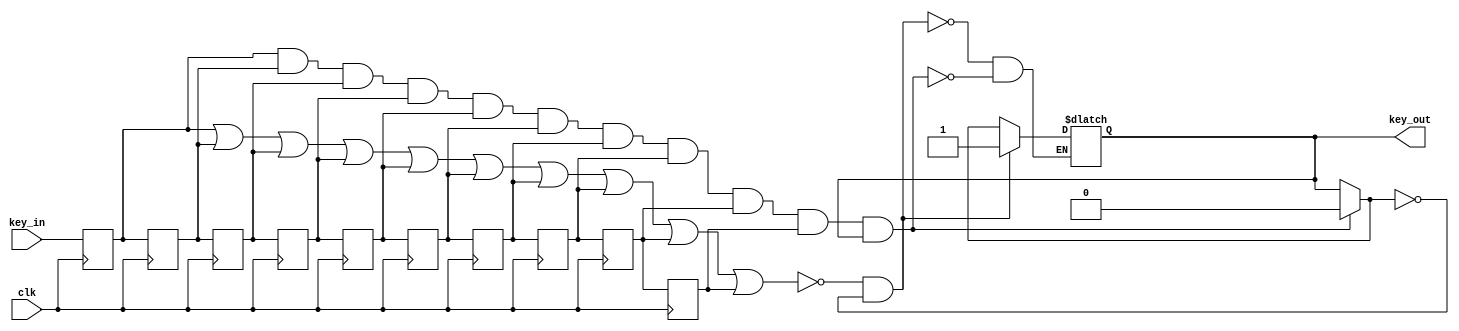
`timescale 1ns/10ps

`define state_0 8'h30
`define state_1 8'h31
`define state_2 8'h32
`define state_3 8'h33
`define state_4 8'h34
`define state_5 8'h35
`define state_6 8'h36
`define state_7 8'h37
`define state_8 8'h38
`define state_9 8'h39
//001000111110
//ASCII0
//100ms100ms-1s-1s
//-2s2s
//



//
module remove_joggle(key_in,clk,key_out);
input key_in,clk;
output reg key_out;
reg q0,q1,q2,q3,q4,q5,q6,q7,q8,q9;
initial begin q0<=1;q1<=1;q2<=1;q3<=1;q4<=1;q5<=1;q6<=1;q7<=1;q8<=1;q9<=1; key_out<=0;end
always @(posedge clk)
begin 
 q9 <= q8;
 q8 <= q7;
 q7 <= q6;
 q6 <= q5;
 q5 <= q4;
 q4 <= q3;
 q3 <= q2;
 q2 <= q1;
 q1 <= q0;
 q0 <= key_in;
end
always@(*)
begin
if(q0&q1&q2&q3&q4&q5&q6&q7&q8&q9&key_out) begin key_out = 0; end
if(~(q0|q1|q2|q3|q4|q5|q6|q7|q8|q9)&~key_out) begin key_out <= 1; end
end
endmodule

//50Mhz->1KHz
module clk_1ms(input clk,output reg clk2);
reg [31:0] cnt;
initial begin  cnt=0;clk2=0; end
always @(posedge clk)
begin
if(cnt=='d24999) begin clk2=~clk2;cnt=0; end
else cnt=cnt+1;
end
endmodule

//50MHz->100Hz
module clk_10ms(input clk,output reg clk2);
reg [31:0] cnt;
initial begin  cnt=0;clk2=0; end
always @(posedge clk)
begin
if(cnt=='d249999) begin clk2=~clk2;cnt=0; end
else cnt=cnt+1;
end
endmodule

//000010101111
module scan(input clk_1ms,input key,output reg[1:0] out);
reg[15:0]cnt1,cnt0;
initial begin out<=2'b01;cnt1<=0;cnt0<=0;end
always @(posedge clk_1ms)
begin
if(key) 
begin
    if(cnt0<2000&&cnt0!=0) begin out<=2'b00;cnt0<=0; end//00 short 0
    if(cnt0>=2000) begin out<=2'b01; cnt0<=0; end//01 long 0
    if(cnt1<=2000) begin cnt1=cnt1+1; end 
end
if(!key)
begin
    if(cnt1<1000&&cnt1!=0) begin out<=2'b10;cnt1<=0; end//10 short 1
    if(cnt1>=1000) begin out<=2'b11; cnt1<=0; end//11 long 1
    if(cnt0<=3000) begin cnt0=cnt0+1; end 
end
end
endmodule

//IN6->IN1IN101117
module dynamic_display(input[3:0] IN1,IN2,IN3,IN4,IN5,IN6,input  clk,output reg [7:0]  DISPLAYOUT,output reg [5:0]DIG);
reg [7:0] D[15:0];
reg [2:0]cnt;
initial begin
    D[0]='h3f;
    D[1]='h06; 
    D[2]='h5b;
    D[3]='h4f;
    D[4]='h66;   
    D[5]='h6d;    
    D[6]='h9b;  
    D[7]='h07;
    D[8]='h7f;  
    D[9]='h6f; 
    D[10]='h77;
    D[11]='h7c;
    D[12]='h39;
    D[13]='h5e;
    D[14]='h79;  
    D[15]='h71;
    DIG=6'b000000;
    cnt=3'b000;
    DISPLAYOUT<=0;
    end
    always @(posedge clk) begin 
    if(cnt<6)cnt=cnt+1;
    if(cnt==6)cnt=0; 
    end
    always@(posedge clk)
    begin
        case(cnt)
            3'b000:begin DISPLAYOUT<=D[IN1]; DIG<=6'b111110; end
            3'b001:begin DISPLAYOUT<=D[IN2]; DIG<=6'b111101; end
            3'b010:begin DISPLAYOUT<=D[IN3]; DIG<=6'b111011; end
            3'b011:begin DISPLAYOUT<=D[IN4]; DIG<=6'b110111; end
            3'b100:begin DISPLAYOUT<=D[IN5]; DIG<=6'b101111; end
            3'b101:begin DISPLAYOUT<=D[IN6]; DIG<=6'b011111; end
        endcase
    end
endmodule


//scanoutN
//0change10
module status(input clk,input [1:0]out,output reg [9:0]state,output reg change);
initial begin state<=0; change<=0; end
reg EN;
initial begin EN<=0; end
always@(posedge clk)
begin
    case(out)
    2'b00:begin EN<=1; end
    2'b01:begin change<=1;state=0;EN<=1; end
    2'b10:begin if(EN) begin EN<=0;state[9:0]<={state[7:0],2'b10}; change<=0;end end
    2'b11:begin if(EN) begin EN<=0;state[9:0]={state[7:0],2'b11};  change<=0;end end
    endcase
end
endmodule


//
module trans(input clk,input change,input[7:0]N,output reg [7:0]N12,N34,N56);
initial begin N12<=0; N34<=0;N56=0; end
reg EN;
initial begin EN=0; end
always @(posedge clk)
begin N12<=N; end
always @(posedge change)
begin
N56<=N34;N34<=N12;
end
endmodule

//ASCII
module decode(input clk,input [9:0] state,output reg [7:0]N);
initial begin N<=0; end
always@(posedge clk)
begin
    case(state)
    'b1111111111: begin N<=`state_0; end
    'b1011111111: begin N<=`state_1; end
    'b1010111111: begin N<=`state_2; end
    'b1010101111: begin N<=`state_3; end
    'b1010101011: begin N<=`state_4; end
    'b1010101010: begin N<=`state_5; end
    'b1110101010: begin N<=`state_6; end
    'b1111101010: begin N<=`state_7; end
    'b1111111010: begin N<=`state_8; end
    'b1111111110: begin N<=`state_9; end
//
//A.-b 00 00 00 10 11 asciih61
//  'b0000001011: begin N<='h61; end
    default: begin N<=0 ;end
    endcase
end
endmodule

//
module main (input clk,key,output[5:0] DIG,output[7:0]DISPLAYOUT,output test,output change,output [1:0] out,output [7:0]cnt);
wire clk2,clk3;
wire[9:0] state;
wire[7:0] N,N12,N34,N56;
wire key_out;
assign cnt=state[7:0];
clk_1ms div21ms(clk,clk2);
clk_10ms div210ms(clk,clk3);
remove_joggle remove(key,clk3,key_out);
assign test=key_out;
scan key_pressed(clk2,key_out,out);
status status(clk,out,state,change);
decode state_to_digital_display(clk2,state,N);
trans static_to_dynamic(clk,change,N,N12,N34,N56);
dynamic_display display(N12[3:0],N12[7:4],N34[3:0],N34[7:4],N56[3:0],N56[7:4],clk2,DISPLAYOUT,DIG);
endmodule







//
/*
module testbench_main(output[5:0] DIG,output[7:0]DISPLAYOUT,output test,output change);
reg clk,key;
wire[7:0] cnt;
wire[1:0] out;
initial begin clk<=0; key<=1; #100000000 key<=0; #200000000 key<=1; #200000000 key<=0; #200000000 key<=1; #200000000 key<=0; #200000000 key<=1 ;#200000000 key<=0;#200000000 key<=1 ;#200000000 key<=0; #200000000 key<=1;#200000000 key<=0; #200000000 key<=1;end
always #10 clk=~clk;
wire clk2,clk3;
wire[9:0] state;
wire[7:0] N,N12,N34,N56;
wire key_out;
assign cnt=state[7:0];
clk_1ms div21ms(clk,clk2);
clk_10ms div210ms(clk,clk3);
remove_joggle remove(key,clk3,key_out);
assign test=key_out;
scan key_pressed(clk2,key_out,out);
status status(clk,out,state,change);
decode state_to_digital_display(clk2,state,N);
trans static_to_dynamic(clk,change,N,N12,N34,N56);
dynamic_display display(N12[3:0],N12[7:4],N34[3:0],N34[7:4],N56[3:0],N56[7:4],clk2,DISPLAYOUT,DIG);
endmodule
*/
/*
module testbench_remove_joggle();
reg clk,key;
wire keyout;
always #10 clk=~clk;
initial begin key=1;clk=0; #1000 key=10; #1000 key=1;end
remove_joggle remove(key,clk,keyout);
endmodule
*/
/*
module testbench_status();
reg  [1:0] out;
wire[9:0] state;
wire change;
initial begin out<='b01; #100 out<='b10; #100 out<='b00; #100 out<='b10; end
status status(out,state,change);
endmodule
*/